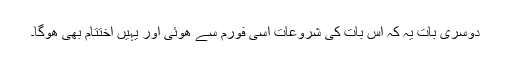
دوسری بات یہ کہ اس بات کی شروعات اسی فورم سے ھوئی اور یہیں اختتام بھی ھوگا۔